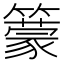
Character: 𥵿